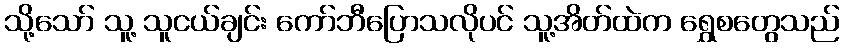
သို့သော် သူ့ သူငယ်ချင်း ကော်ဘီပြောသလိုပင် သူ့အိတ်ထဲက ရွှေစတွေသည်